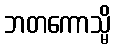
ဘတကောသ္မိ